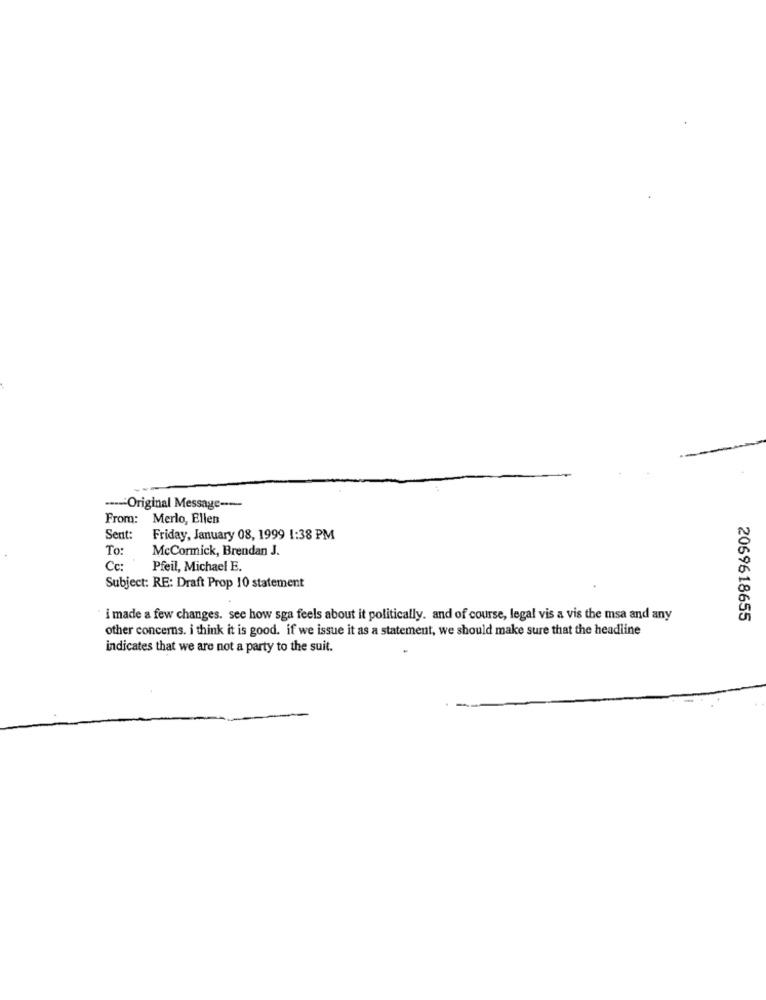
----- Original Message -----
From: Merlo, Ellen
Sent:
Friday, January 08, 1999 1:38 PM
To:
McCormick, Brendan J.
Cc:
Pfeil, Michael E.
Subject: RE: Draft Prop 10 statement
i made a few changes. see how sga feels about it politically. and of course, legal vis a vis the msa and any
2069618655
other concerns. i think it is good. if we issue it as a statement, we should make sure that the headline
indicates that we are not a party to the suit.